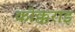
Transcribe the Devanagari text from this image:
कोक्कराइ